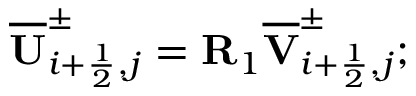
\overline { { \mathbf { U } } } _ { i + \frac { 1 } { 2 } , j } ^ { \pm } = \mathbf { R } _ { 1 } \overline { { \mathbf { V } } } _ { i + \frac { 1 } { 2 } , j } ^ { \pm } ;